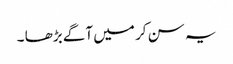
یہ سن کر میں آگے بڑھا ۔